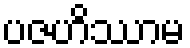
ပဇဟိဿာမ